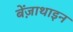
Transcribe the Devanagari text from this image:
बेंज़ाथाइन